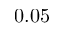
0 . 0 5